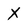
Character: X